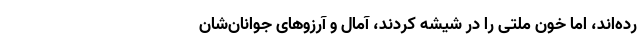
رده‌اند، اما خون ملتی را در شیشه کردند، آمال و آرزوهای جوانان‌شان